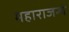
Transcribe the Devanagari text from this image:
महाराजन्चे